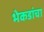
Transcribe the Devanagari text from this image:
भेकडांचा